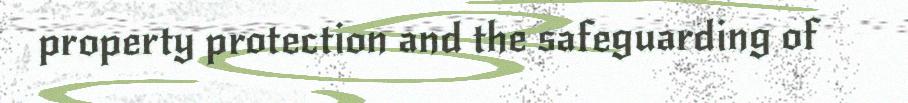
property protection and the safeguarding of